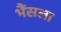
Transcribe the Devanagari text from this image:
भैंसला